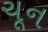
ચૂન